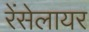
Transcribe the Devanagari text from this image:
रेंसेलायर